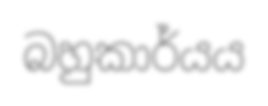
බහුකාර්යය